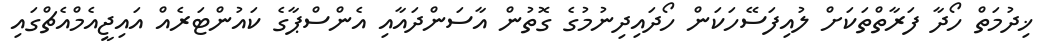
ޚިދުމަތް ހޯދާ ފަރާތްތަކަށް ލުއިފަސޭހަކަން ހޯދައިދިނުމުގެ ގޮތުން އާސަންދައާއި އެންސްޕާގެ ކައުންޓަރެއް އައިޖީއެމްއެޗްގައި